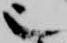
也